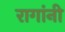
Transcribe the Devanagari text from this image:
रागांनी